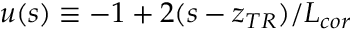
u ( s ) \equiv - 1 + 2 ( s - z _ { T R } ) / L _ { c o r }